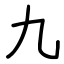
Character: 九